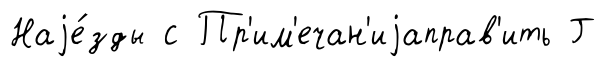
Наjе́зды с Пр'им'ечан'иjаправ'ить Г